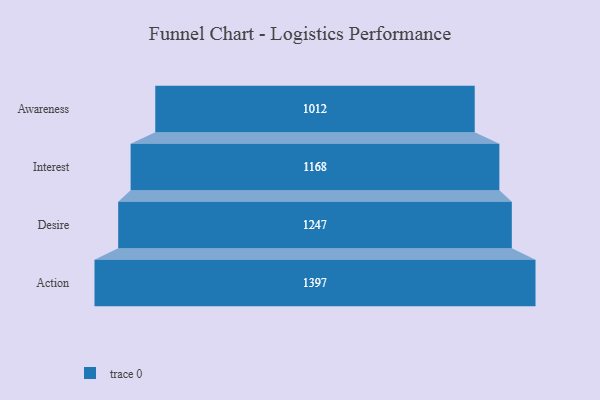
{"axis": {"x": "Stage", "y": "Value"}, "legend": [""], "data": [{"x": "Awareness", "y": 1012.0, "type": ""}, {"x": "Interest", "y": 1168.0, "type": ""}, {"x": "Desire", "y": 1247.0, "type": ""}, {"x": "Action", "y": 1397.0, "type": ""}]}